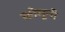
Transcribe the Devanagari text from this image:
कोमूनी